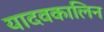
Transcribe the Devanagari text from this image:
यादवकालिन